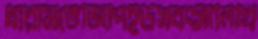
ধারামতেজিপিইউসবৎসালিখি